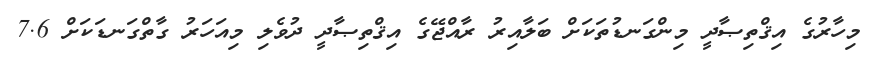
މިހާރުގެ އިޤްތިޞާދީ މިންގަނޑުތަކަށް ބަލާއިރު ރާއްޖޭގެ އިޤްތިޞާދީ ދުވެލި މިއަހަރު ގާތްގަނޑަކަށް 7.6